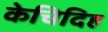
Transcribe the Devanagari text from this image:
केचिदिह